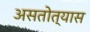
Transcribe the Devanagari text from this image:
असतोत्यास